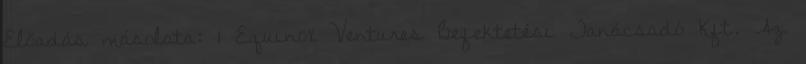
Előadás másolata: 1 Equinox Ventures Befektetési Tanácsadó Kft. Az